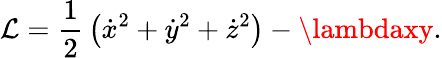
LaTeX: \mathcal{L}=\frac{{1}}{{2}}\, \left(\dot{{x}}^{2}+\dot{{y}}^{2}+\dot{{z}}^{2}\right)-\lambdaxy.